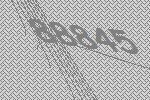
88845